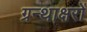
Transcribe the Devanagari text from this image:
ग्रन्थाक्षरों